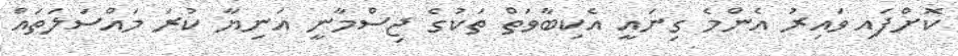
ކޮށްފައި ވައިރު އެންމެ ގިނައީ އެކިބާވަތް ތަކުގެ ޖިސްމާނީ އަނިޔާ ކުރަ މައްސަލަތައް